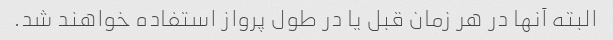
البته آنها در هر زمان قبل یا در طول پرواز استفاده خواهند شد.